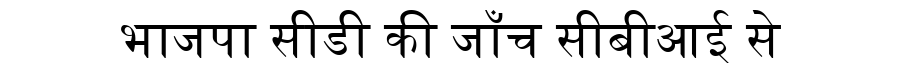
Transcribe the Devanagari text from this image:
भाजपा सीडी की जाँच सीबीआई से